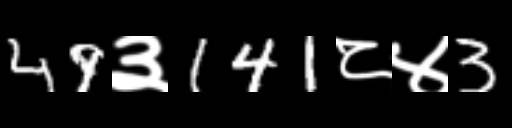
Text: 49३141८४3